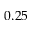
0 . 2 5